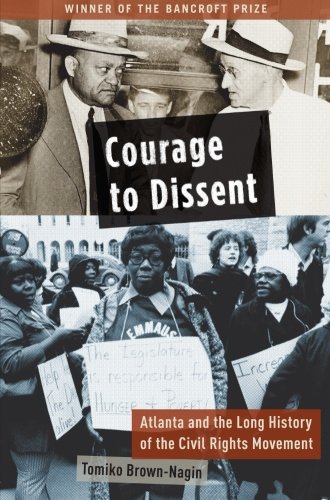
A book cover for Courage to Dissent: Atlanta and the Long History of the Civil Rights Movement; Tomiko Brown-Nagin; Law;